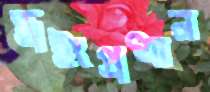
ড্রইংপ্রধান